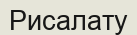
Рисалату